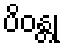
ပိဝန္တု